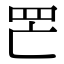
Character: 𦉾